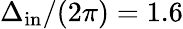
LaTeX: \Delta_{\mathrm{in}}/(2\pi)=1.6